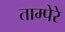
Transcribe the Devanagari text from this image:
ताम्पेरे